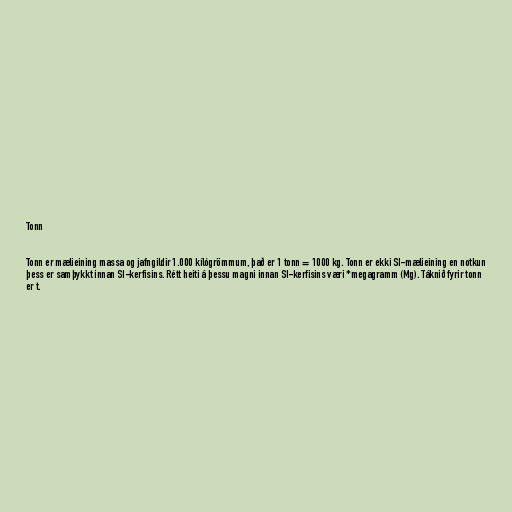
Tonn

Tonn er mælieining massa og jafngildir 1.000 kílógrömmum, það er 1 tonn = 1000 kg. Tonn er ekki SI-mælieining en notkun
þess er samþykkt innan SI-kerfisins. Rétt heiti á þessu magni innan SI-kerfisins væri *megagramm (Mg). Táknið fyrir tonn
er t.